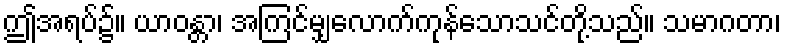
ဤအရပ်၌။ ယာဝန္တာ၊ အကြင်မျှလောက်ကုန်သောသင်တို့သည်။ သမာဂတာ၊